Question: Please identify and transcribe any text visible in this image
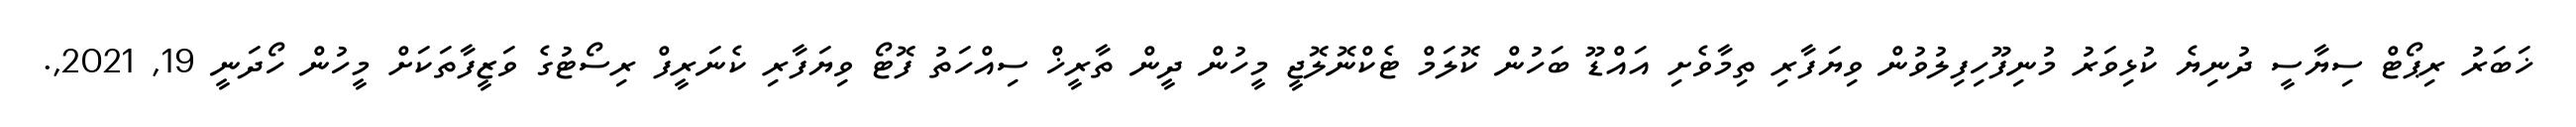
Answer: ޚަބަރު ރިޕޯޓް ސިޔާސީ ދުނިޔެ ކުޅިވަރު މުނިފޫހިފިލުވުން ވިޔަފާރި ތިމާވެށި އައްޑޫ ބަހުން ކޮލަމް ޓެކްނޮލޮޖީ މީހުން ދީން ތާރީޚް ސިއްހަތު ފޮޓޯ ވިޔަފާރި ކެނަރީފް ރިސޯޓުގެ ވަޒީފާތަކަށް މީހުން ހޯދަނީ 19, 2021,.